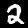
Digit: 2